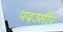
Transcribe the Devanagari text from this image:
पदउसीर